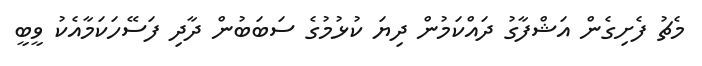
މެޗު ފެށިގެން އަޝްފާގު ދައްކަމުން ދިޔަ ކުޅުމުގެ ސަބަބުން ދާދި ފަސޭހަކަމާއެކު ވީބީ